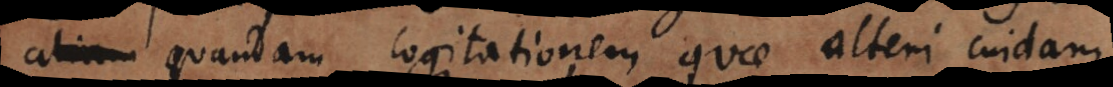
quandam cogitationem quae alteri cuidam